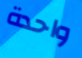
واحدة